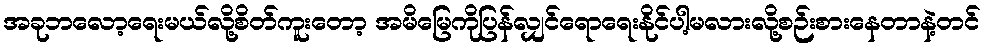
အခုဘလော့ရေးမယ်လို့စိတ်ကူးတော့ အမိမြေကိုပြန်လျှင်ရောရေးနိုင်ပါ့မလားလို့စဉ်းစားနေတာနဲ့တင်